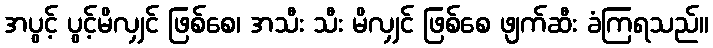
အပွင့် ပွင့်မိလျှင် ဖြစ်စေ၊ အသီး သီး မိလျှင် ဖြစ်စေ ဖျက်ဆီး ခံကြရသည်။